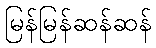
မြန်မြန်ဆန်ဆန်